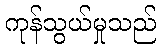
ကုန်သွယ်မှုသည်